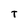
Character: T